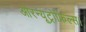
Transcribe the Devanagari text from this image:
औरन्यूट्रोफिल्स।